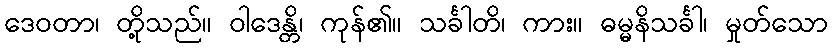
ဒေဝတာ၊ တို့သည်။ ဝါဒေန္တိ၊ ကုန်၏။ သင်္ခါတိ၊ ကား။ ဓမ္မနိသင်္ခါ၊ မှုတ်သော